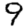
Digit: 9